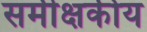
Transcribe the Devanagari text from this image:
समीक्षकीय